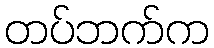
တပ်ဘက်က